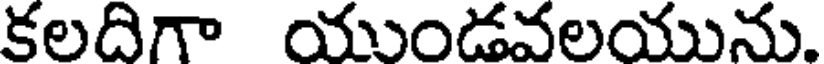
కలదిగా యుండవలయును.